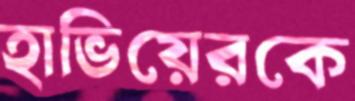
হাভিয়েরকে